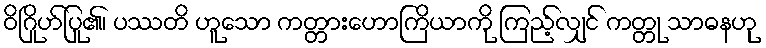
ဝိဂြိုဟ်ပြု၏၊ ပဿတိ ဟူသော ကတ္တားဟောကြိယာကို ကြည့်လျှင် ကတ္တု သာဓနဟု